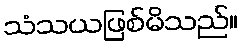
သံသယဖြစ်မိသည်။